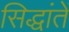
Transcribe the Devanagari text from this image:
सिद्धांतें